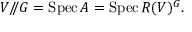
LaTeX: V / \! \! / G = \operatorname { S p e c } A = \operatorname { S p e c } R ( V ) ^ { G } .